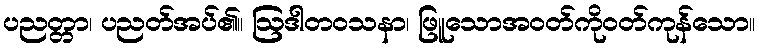
ပညတ္တာ၊ ပညတ်အပ်၏။ ဩဒါတဝသနာ၊ ဖြူသောအဝတ်ကိုဝတ်ကုန်သော။